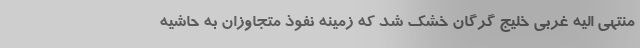
منتهی الیه غربی خلیج گرگان خشک شد که زمینه نفوذ متجاوزان به حاشیه